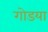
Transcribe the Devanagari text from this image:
गोडया